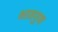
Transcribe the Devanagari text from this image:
भावगुण